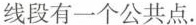
线段有一个公共点。